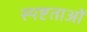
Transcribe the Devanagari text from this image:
स्पष्टताओं